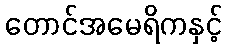
တောင်အမေရိကနှင့်